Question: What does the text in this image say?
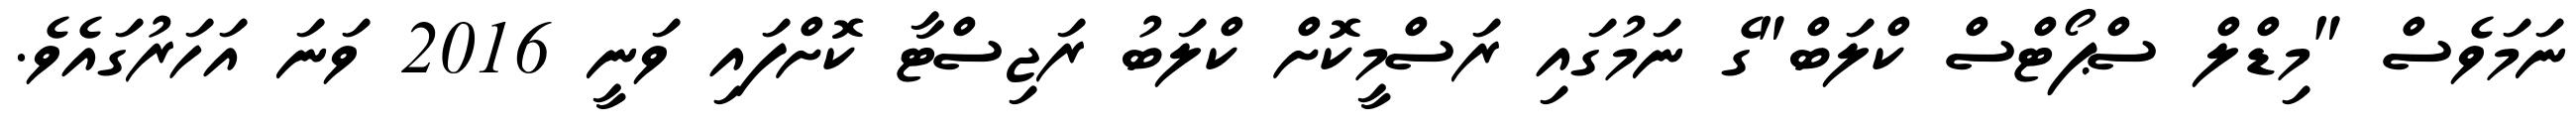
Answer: ނަމަވެސް "މިޑްލް ސްޕޯޓްސް ކްލަބް"ގެ ނަމުގައި ރަސްމީކޮށް ކްލަބު ރަޖިސްޓާ ކޮށްފައި ވަނީ 2016 ވަނަ އަހަރުގައެވެ.